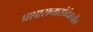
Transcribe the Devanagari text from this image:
प्रशासनासंबंधातील